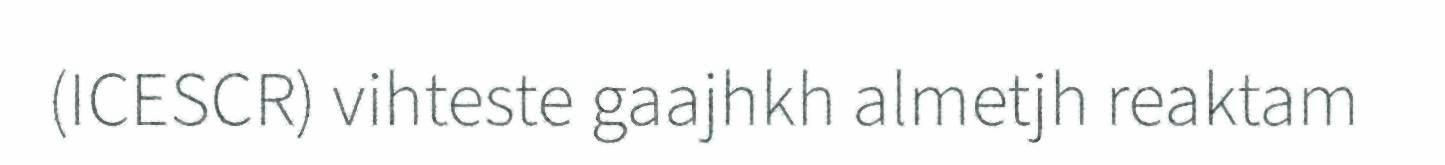
(ICESCR) vihteste gaajhkh almetjh reaktam